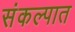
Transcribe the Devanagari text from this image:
संकल्पात